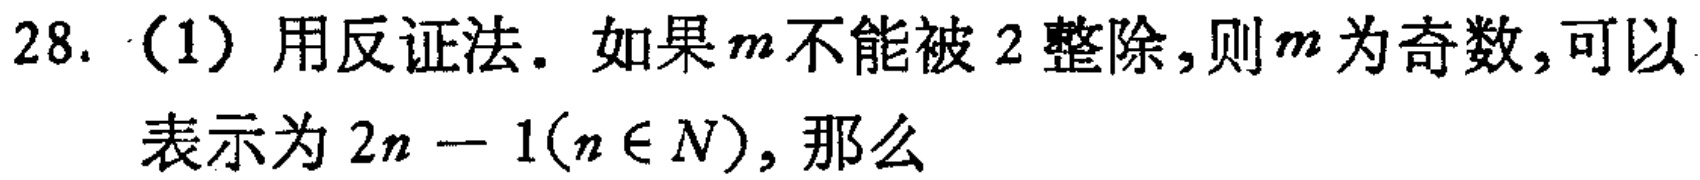
28. （1）用反证法. 如果\(m\)不能被\(2\)整除,则\(m\)为奇数,可以表示为\(2n - 1(n\in N)\), 那么